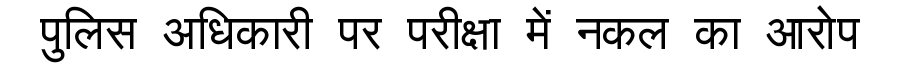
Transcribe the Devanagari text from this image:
पुलिस अधिकारी पर परीक्षा में नकल का आरोप